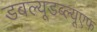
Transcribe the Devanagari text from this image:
डबल्यूडब्ल्यूएफ